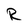
Character: R